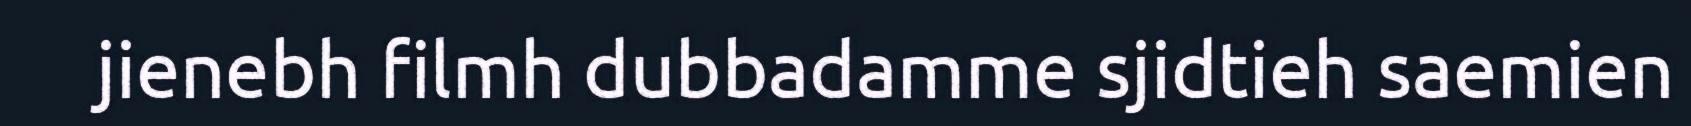
jienebh filmh dubbadamme sjidtieh saemien